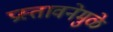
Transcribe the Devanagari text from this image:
प्रस्तावनेमुळे